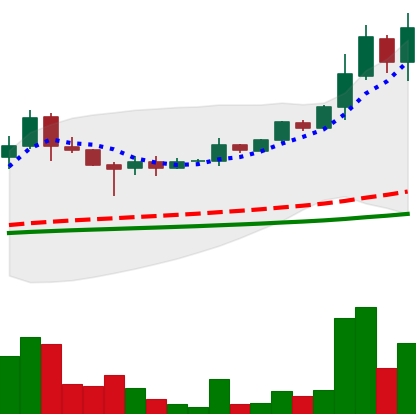
Ticker: DOGE-USD
Chart end date: 2021-05-07
Forward return: -43.722%
Label: down_7plus